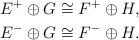
LaTeX: \begin{align*}E^+\oplus G&\cong F^+\oplus H,\\E^-\oplus G&\cong F^-\oplus H.\end{align*}